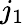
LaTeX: j_{1}